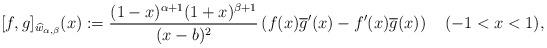
LaTeX: \begin{align*}\lbrack f,g]_{\widehat{w}_{\alpha,\beta}}(x):=\frac{(1-x)^{\alpha+1}(1+x)^{\beta+1}}{(x-b)^{2}}\left( f(x)\overline{g}^{\prime}(x)-f^{\prime}(x)\overline{g}(x)\right) \quad(-1<x<1), \end{align*}